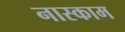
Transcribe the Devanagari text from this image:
नास्काम